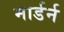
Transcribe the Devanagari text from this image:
मार्डर्न